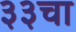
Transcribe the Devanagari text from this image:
३३चा